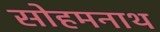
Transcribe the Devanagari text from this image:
सोहमनाथ